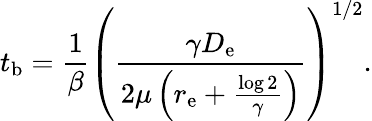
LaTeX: t_{\mathrm{b}}=\frac{1}{\beta}\left(\frac{\gamma D_{\mathrm{e}}}{2\mu\left(r_{\mathrm{e}}+\frac{\log 2}{\gamma}\right)}\right)^{1/2}.